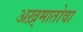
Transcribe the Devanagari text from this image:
अख़्मातोवा